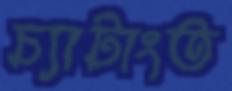
চ্যাটাংত